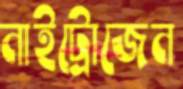
নাইট্রোজেন